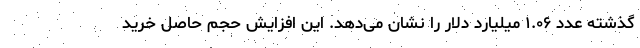
گذشته عدد ۱.۰۶ میلیارد دلار را نشان می‌دهد. این افزایش حجم حاصل خرید